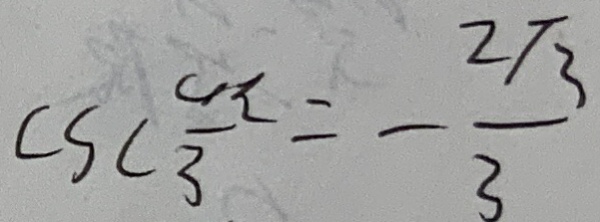
\cos \frac { 4 \pi } { 3 } = - \frac { 2 \sqrt { 3 } } { 3 }